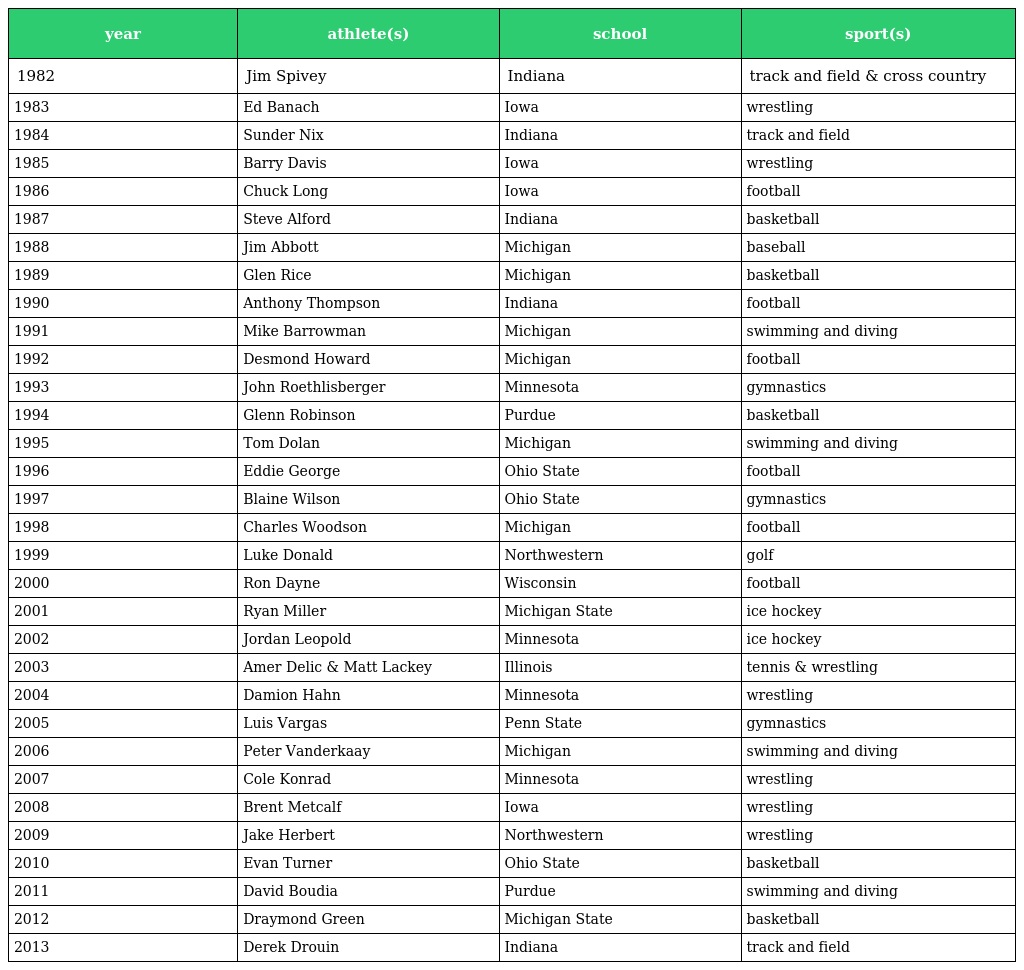
| year | athlete(s) | school | sport(s) |
 | --- | --- | --- | --- |
 | 1982 | Jim Spivey | Indiana | track and field & cross country |
 | 1983 | Ed Banach | Iowa | wrestling |
 | 1984 | Sunder Nix | Indiana | track and field |
 | 1985 | Barry Davis | Iowa | wrestling |
 | 1986 | Chuck Long | Iowa | football |
 | 1987 | Steve Alford | Indiana | basketball |
 | 1988 | Jim Abbott | Michigan | baseball |
 | 1989 | Glen Rice | Michigan | basketball |
 | 1990 | Anthony Thompson | Indiana | football |
 | 1991 | Mike Barrowman | Michigan | swimming and diving |
 | 1992 | Desmond Howard | Michigan | football |
 | 1993 | John Roethlisberger | Minnesota | gymnastics |
 | 1994 | Glenn Robinson | Purdue | basketball |
 | 1995 | Tom Dolan | Michigan | swimming and diving |
 | 1996 | Eddie George | Ohio State | football |
 | 1997 | Blaine Wilson | Ohio State | gymnastics |
 | 1998 | Charles Woodson | Michigan | football |
 | 1999 | Luke Donald | Northwestern | golf |
 | 2000 | Ron Dayne | Wisconsin | football |
 | 2001 | Ryan Miller | Michigan State | ice hockey |
 | 2002 | Jordan Leopold | Minnesota | ice hockey |
 | 2003 | Amer Delic & Matt Lackey | Illinois | tennis & wrestling |
 | 2004 | Damion Hahn | Minnesota | wrestling |
 | 2005 | Luis Vargas | Penn State | gymnastics |
 | 2006 | Peter Vanderkaay | Michigan | swimming and diving |
 | 2007 | Cole Konrad | Minnesota | wrestling |
 | 2008 | Brent Metcalf | Iowa | wrestling |
 | 2009 | Jake Herbert | Northwestern | wrestling |
 | 2010 | Evan Turner | Ohio State | basketball |
 | 2011 | David Boudia | Purdue | swimming and diving |
 | 2012 | Draymond Green | Michigan State | basketball |
 | 2013 | Derek Drouin | Indiana | track and field |